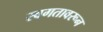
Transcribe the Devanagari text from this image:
स्वगतावरून